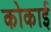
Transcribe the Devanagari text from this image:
कोकाई